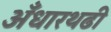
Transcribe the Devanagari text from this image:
अँधारथढी